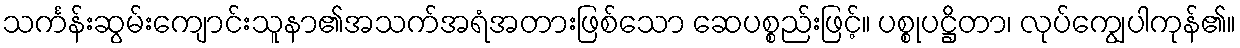
သင်္ကန်းဆွမ်းကျောင်းသူနာ၏အသက်အရံအတားဖြစ်သော ဆေပစ္စည်းဖြင့်။ ပစ္စုပဋ္ဌိတာ၊ လုပ်ကျွေပါကုန်၏။